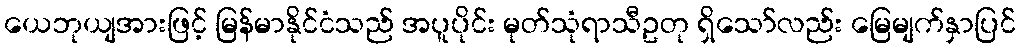
ယေဘုယျအားဖြင့် မြန်မာနိုင်ငံသည် အပူပိုင်း မုတ်သုံရာသီဥတု ရှိသော်လည်း မြေမျက်နှာပြင်